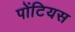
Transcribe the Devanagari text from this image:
पोंटियस